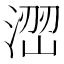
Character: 𱧨